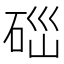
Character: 𥒤